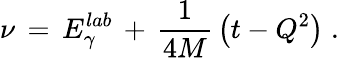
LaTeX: \nu\, =\, E_{\gamma}^{lab}\, +\, {\frac{1}{4M}}\left(t-Q^{2}\right)\; .